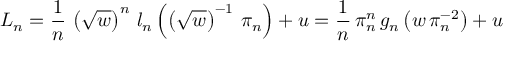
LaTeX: L _ { n } = \frac { 1 } { n } \, \left( \sqrt { w } \right) ^ { n } \, l _ { n } \left( \left( \sqrt { w } \right) ^ { - 1 } \, \pi _ { n } \right) + u = \frac { 1 } { n } \, \pi _ { n } ^ { n } \, g _ { n } \left( w \, \pi _ { n } ^ { - 2 } \right) + u